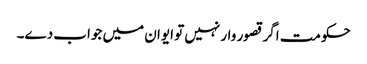
حکومت اگر قصور وار نہیں تو ایوان میں جواب دے۔